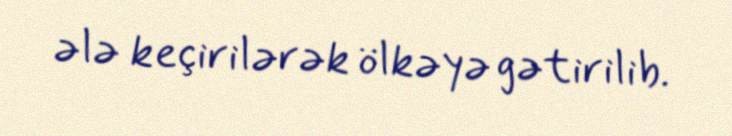
ələ keçirilərək ölkəyə gətirilib.